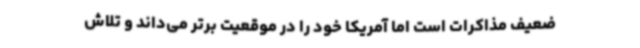
ضعیف مذاکرات است اما آمریکا خود را در موقعیت برتر می‌داند و تلاش